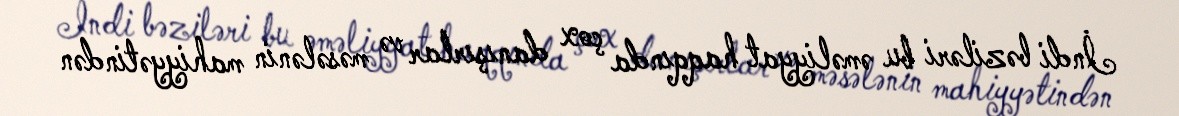
İndi bəziləri bu əməliyyat haqqında çox danışırlar və məsələnin mahiyyətindən